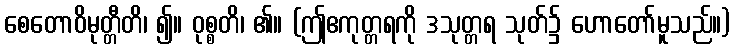
စေတောဝိမုတ္တီတိ၊ ၍။ ဝုစ္စတိ၊ ၏။ (ဤဧကုတ္တရကို ဒသုတ္တရ သုတ်၌ ဟောတော်မူသည်။)